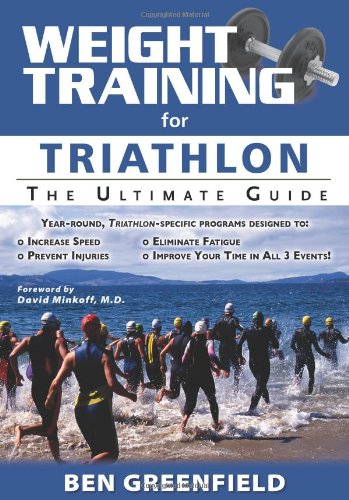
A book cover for Weight Training for Triathlon: The Ultimate Guide; Ben Greenfield; Health, Fitness & Dieting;